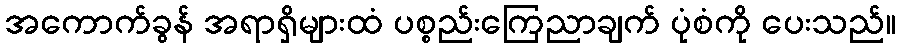
အကောက်ခွန် အရာရှိများထံ ပစ္စည်းကြေညာချက် ပုံစံကို ပေးသည်။